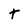
Character: t